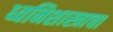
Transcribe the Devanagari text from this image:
ध्वनिशास्त्राचा